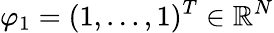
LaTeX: \varphi_{1}=(1,...,1)^{T}\in\mathbb R^{N}